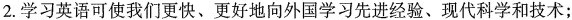
2.学习英语可使我们更快、更好地向外国学习先进经验、现代科学和技术；